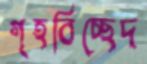
গৃহবিচ্ছেদ